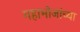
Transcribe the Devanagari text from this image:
महाभोजांच्या